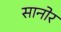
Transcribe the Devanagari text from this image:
सानोर